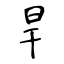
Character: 旱